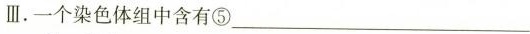
Ⅲ.一个染色体组中含有⑤___